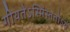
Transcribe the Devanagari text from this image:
गीयतेऽस्मिंस्ततोऽयं